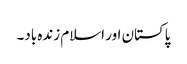
پاکستان اور اسلام زندہ باد۔